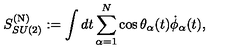
S _ { S U ( 2 ) } ^ { ( \mathrm { N } ) } : = \int d t \sum _ { \alpha = 1 } ^ { N } \cos \theta _ { \alpha } ( t ) \dot { \phi } _ { \alpha } ( t ) ,